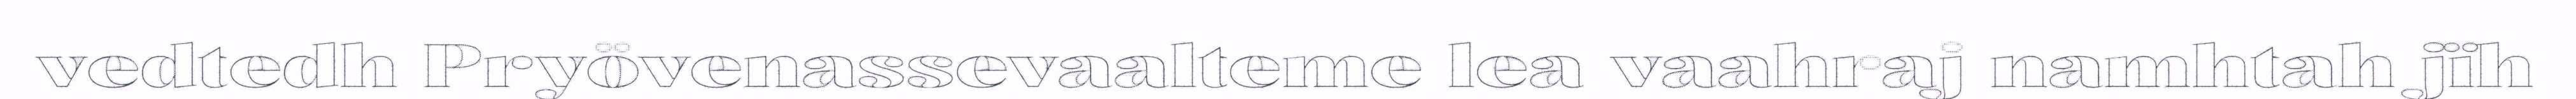
vedtedh Pryövenassevaalteme lea vaahraj namhtah jïh